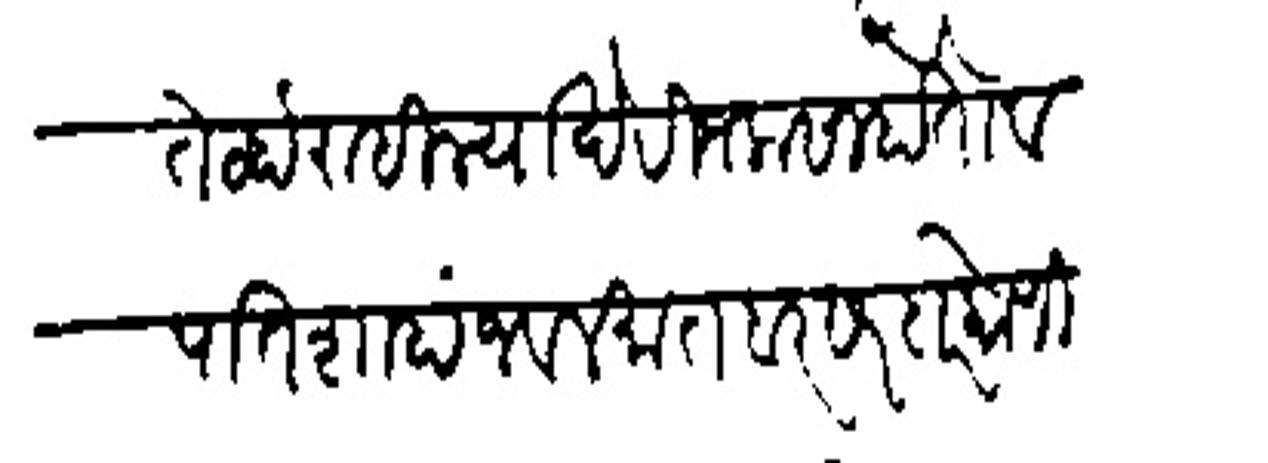
Transliteration (Devanagari): तेव्हां राहिल्याखेरीज कसा होतो व पातशाहाजवल मातवर सरदार कोणी